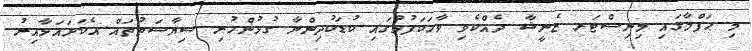
މި ޙަފްލާގައި މިނިސްޓަރ ޒެނީޝާ ދެއްކެވި ވާހަކަފުޅުގައި ކުޑަކުދިންނާ ގުޅުންހުރި ސިޔާސަތުތައް އެކަށައަޅާއިރު